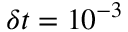
\delta t = 1 0 ^ { - 3 }